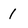
Character: 1